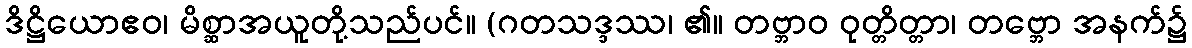
ဒိဋ္ဌိယောဧဝ၊ မိစ္ဆာအယူတို့သည်ပင်။ (ဂတသဒ္ဒဿ၊ ၏။ တဗ္ဘာဝ ဝုတ္တိတ္တာ၊ တဗ္ဘော အနက်၌